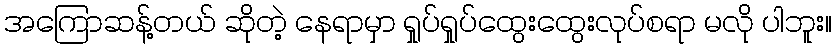
အကြောဆန့်တယ် ဆိုတဲ့ နေရာမှာ ရှုပ်ရှုပ်ထွေးထွေးလုပ်စရာ မလို ပါဘူး။